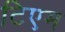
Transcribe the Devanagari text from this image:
टिएम